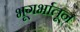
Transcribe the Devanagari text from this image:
भूगर्भातून